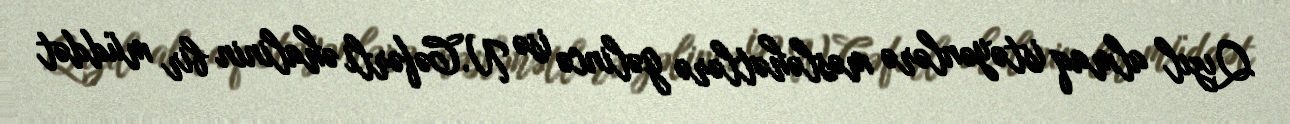
Qızıl almaq istəyənlərə məsləhətlərə gəlincə isə N.Cəfərli əhalinin bir müddət